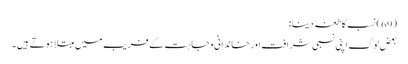
(69) نسب کا طعنہ دینا:
بعض لوگ اپنی نسبی شرافت اور خاندانی وجاہت کے فریب میں مبتلا ہوتے ہیں۔